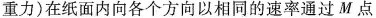
重力)在纸面内向各个方向以相同的速率通过M点